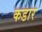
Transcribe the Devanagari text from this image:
कडार